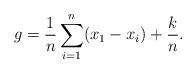
LaTeX: \begin{align*} g = \frac{1}{n} \sum_{i=1}^n (x_1 - x_i) + \frac{k}{n}.\end{align*}